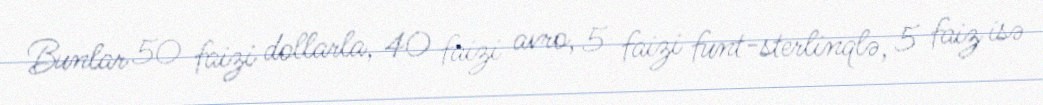
Bunlar 50 faizi dollarla, 40 faizi avro, 5 faizi funt-sterlinqlə, 5 faiz isə